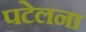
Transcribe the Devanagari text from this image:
पटेलना